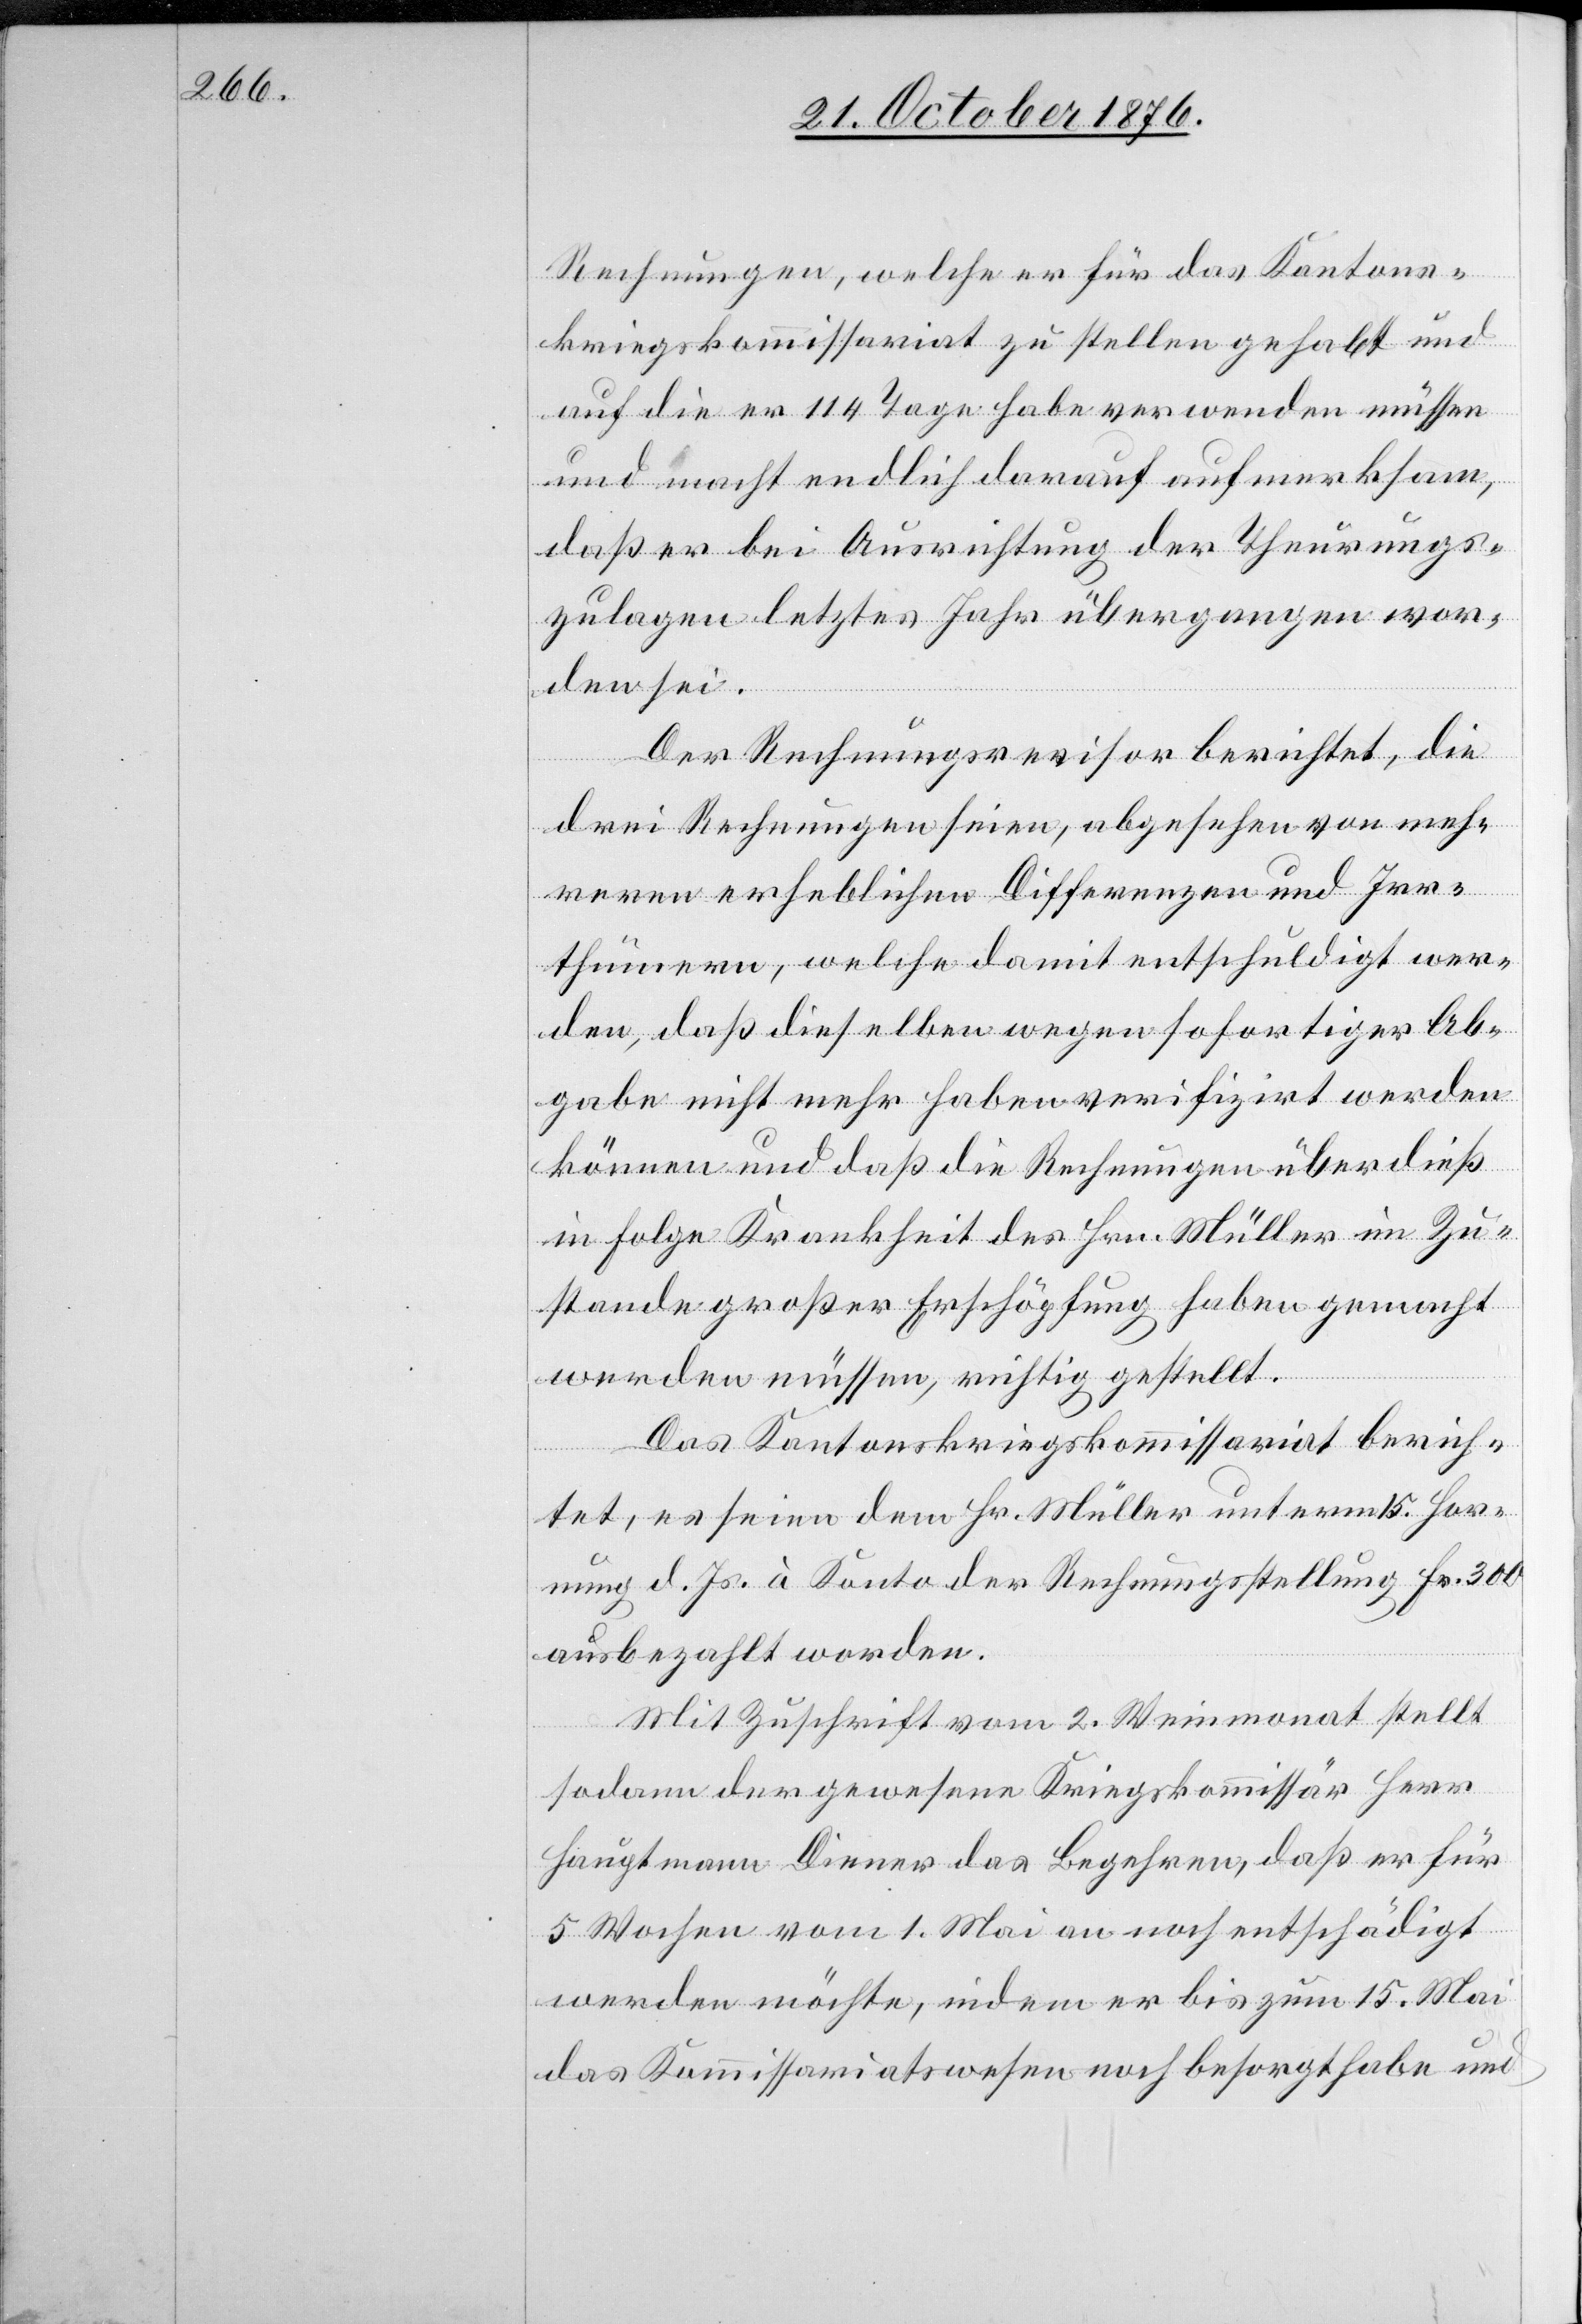
Rechnungen, welche er für das Kantons¬
kriegskommissariat zu stellen gehabt und
auf die er 114 Tage habe verwenden müssen
und macht endlich darauf aufmerksam,
daß er bei Ausrichtung der Theuerungs¬
zulagen letztes Jahr übergangen wor¬
den sei.
Der Rechnungsrevisor berichtet, die
drei Rechnungen seien, abgesehen von mehr¬
eren erheblichen Differenzen und Irr¬
thümern, welche damit entschuldigt wer¬
den, daß dieselben wegen sofortiger Ab¬
gabe nicht mehr haben verifizirt werden
können und daß die Rechnungen überdieß
in Folge Krankheit des Hrn. Müller im Zu¬
stande großer Erschöpfung haben gemacht
werden müssen, richtig gestellt.
Das Kantonskriegskommissariat berich¬
tet, es seien dem Hr. Müller unterm 15. Hor¬
nung d. Js. à Konto der Rechnungsstellung Fr. 300
ausbezahlt worden.
Mit Zuschrift vom 2. Weinmonat stellt
sodann der gewesene Kriegskommissär Herr
Hauptmann Diener das Begehren, das er für
5 Wochen vom 1. Mai an noch entschädigt
werden möchte, indem er bis zum 15. Mai
das Kommissariatswesen noch besorgt habe und